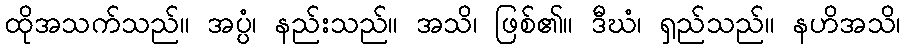
ထိုအသက်သည်။ အပ္ပံ၊ နည်းသည်။ အသိ၊ ဖြစ်၏။ ဒီဃံ၊ ရှည်သည်။ နဟိအသိ၊